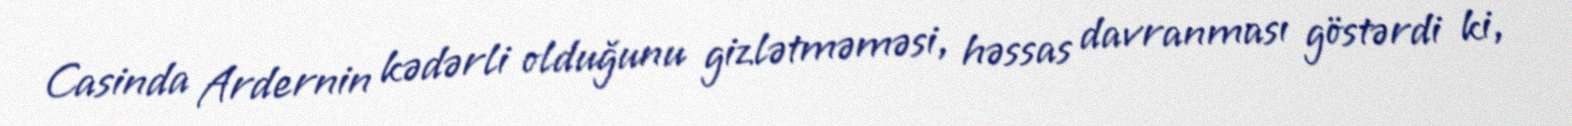
Casinda Ardernin kədərli olduğunu gizlətməməsi, həssas davranması göstərdi ki,